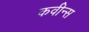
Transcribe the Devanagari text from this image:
कवीन्स